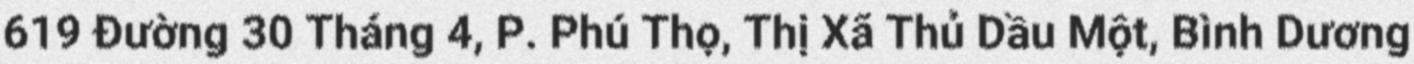
619 Đường 30 Tháng 4, P. Phú Thọ, Thị Xã Thủ Dầu Một, Bình Dương